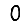
Digit: 0